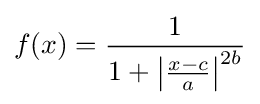
f(x)={\frac {1}{1+\left|{\frac {x-c}{a}}\right|^{2b}}}